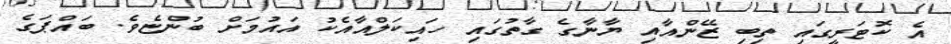
އެ ކޮޓަރީގައި ތިބި ޒޭންއާއި ޔާނާގެ ގާތުގައި ހައިކަލްއާއެކު އައުމަށް ބުންޏެވެ. ބައްޕަގެ